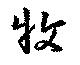
牧